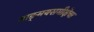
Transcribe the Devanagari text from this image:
वाङ्‌मयसमीक्षेचा